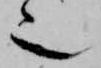
也